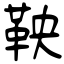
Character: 鞅